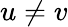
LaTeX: u\neq v